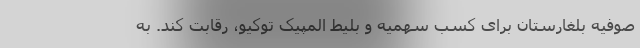
صوفیه بلغارستان برای کسب سهمیه و بلیط المپیک توکیو، رقابت کند. به